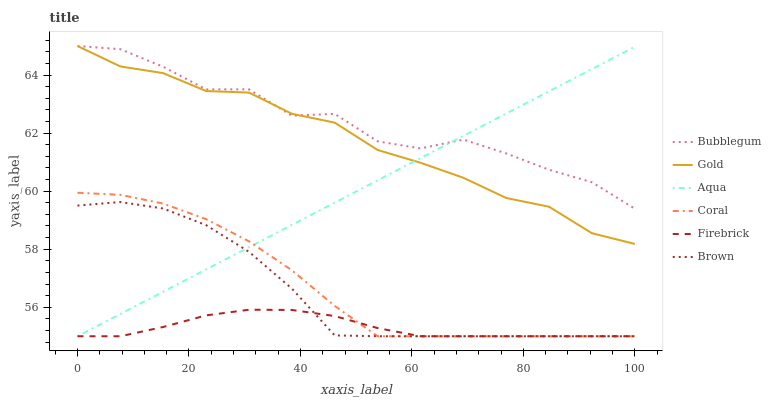
| xaxis_label | Bubblegum | Gold | Aqua | Coral | Firebrick | Brown |
 | --- | --- | --- | --- | --- | --- | --- |
 | 0 | 65 | 65 | 55 | 59.9 | 55 | 59.5 |
 | 7.69 | 64.9 | 64.3 | 55.8 | 59.9 | 55 | 59.6 |
 | 15.4 | 64.3 | 64.1 | 56.5 | 59.6 | 55.3 | 59.4 |
 | 23.1 | 63.5 | 63.4 | 57.3 | 59 | 55.7 | 58.8 |
 | 30.8 | 63.5 | 63.4 | 58.1 | 58.3 | 55.9 | 57.9 |
 | 38.5 | 62.6 | 62.7 | 58.8 | 57.3 | 55.9 | 56.6 |
 | 46.2 | 62.7 | 62.4 | 59.6 | 56 | 55.7 | 55 |
 | 53.8 | 61.7 | 61.4 | 60.4 | 55 | 55.3 | 55 |
 | 61.5 | 61.5 | 61 | 61.1 | 55 | 55 | 55 |
 | 69.2 | 61.8 | 60.5 | 61.9 | 55 | 55 | 55 |
 | 76.9 | 61.3 | 59.8 | 62.7 | 55 | 55 | 55 |
 | 84.6 | 60.7 | 59.5 | 63.4 | 55 | 55 | 55 |
 | 92.3 | 60.3 | 58.5 | 64.2 | 55 | 55 | 55 |
 | 100 | 59.4 | 58.2 | 65 | 55 | 55 | 55 |